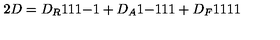
2 D = D _ { R } { \binom { 1 } { 1 } } { \binom { 1 } { - 1 } } + D _ { A } { \binom { 1 } { - 1 } } { \binom { 1 } { 1 } } + D _ { F } { \binom { 1 } { 1 } } { \binom { 1 } { 1 } }